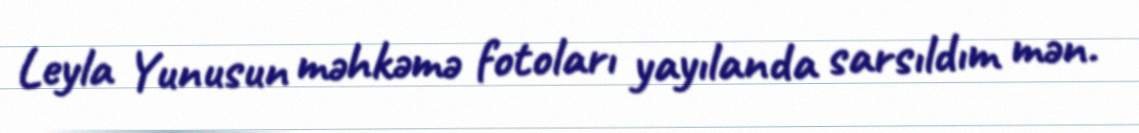
Leyla Yunusun məhkəmə fotoları yayılanda sarsıldım mən.